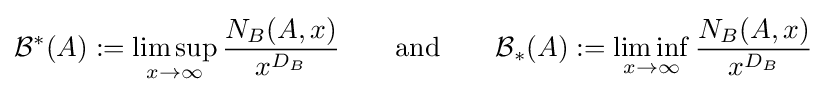
{\mathcal {B}}^{*}(A):=\limsup _{x\rightarrow \infty }{\frac {N_{B}(A,x)}{x^{D_{B}}}}\quad \quad {\text{and}}\quad \quad {\mathcal {B}}_{*}(A):=\liminf _{x\rightarrow \infty }{\frac {N_{B}(A,x)}{x^{D_{B}}}}